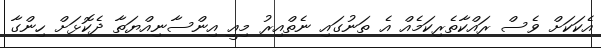
އެކަކަށް ވެސް ރައްކާތެރިކަމެއް އެ ތަނުގައި ނެތްއިރު މިއީ އިންސާނިއްޔަތާ ދެކޮޅަށް ހިންގާ